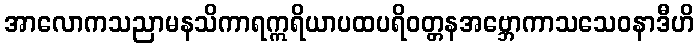
အာလောကသညာမနသိကာရဣရိယာပထပရိဝတ္တနအဗ္ဘောကာသသေဝနာဒီဟိ